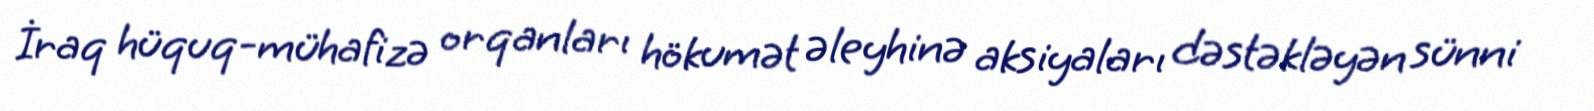
İraq hüquq-mühafizə orqanları hökumət əleyhinə aksiyaları dəstəkləyən sünni